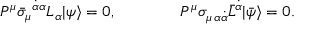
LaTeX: P ^ { \mu } \bar { \sigma } _ { \mu } { } ^ { \dot { \alpha } \alpha } L _ { \alpha } | \psi \rangle = 0 , \qquad \qquad P ^ { \mu } \sigma _ { \mu \, \alpha \dot { \alpha } } \bar { L } ^ { \dot { \alpha } } | \bar { \psi } \rangle = 0 .